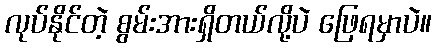
လုပ်နိုင်တဲ့ စွမ်းအားရှိတယ်လို့ပဲ ဖြေရမှာပဲ။